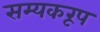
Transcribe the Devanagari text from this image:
सम्यकरूप